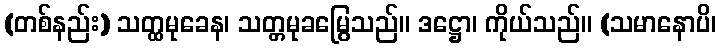
(တစ်နည်း) သတ္ထမုခေန၊ သတ္တမုခမြွေသည်။ ဒဋ္ဌော၊ ကိုယ်သည်။ (သမာနောပိ၊